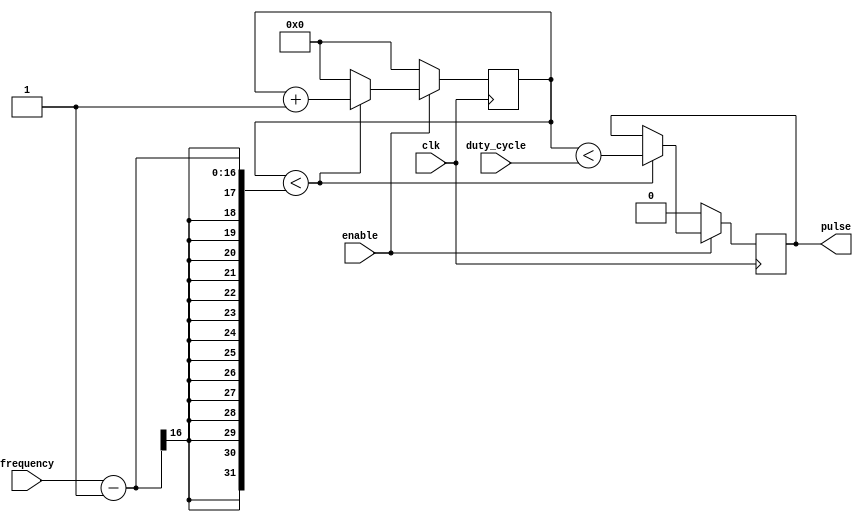
module timing_control (
    input wire enable,
    input wire [7:0] duty_cycle,
    input wire [15:0] frequency,
    input wire clk,
    output reg pulse
);

reg [15:0] count;

always @(posedge clk) begin
    if (enable) begin
        if (count < frequency-1) begin
            count <= count + 1;
            pulse <= (count < duty_cycle);
        end else begin
            count <= 0;
        end
    end else begin
        count <= 0;
        pulse <= 0;
    end
end

endmodule